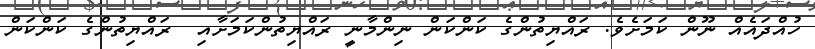
ހުއްދައެއް ނޫން ކަމަށެވެ. ރައްޔިތުންގެ ކަންކަން ނިންމާނީ ރައްޔިތުންކަމަށާއި  ރައްޔިތުންގެ ކަންކަން